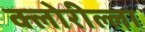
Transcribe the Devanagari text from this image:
क्लोरील्ला